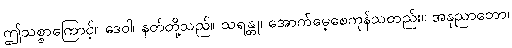
ဤသစ္စာကြောင့်။ ဒေဝါ၊ နတ်တို့သည်။ သရန္တု၊ အောက်မေ့စေကုန်သတည်း။ အနုညာတော၊